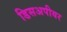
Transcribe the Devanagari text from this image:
डिसअपीयर